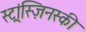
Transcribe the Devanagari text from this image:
स्ट्रांस्ज़िनस्की